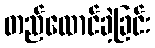
တည်ထောင်ခဲ့ခြင်း